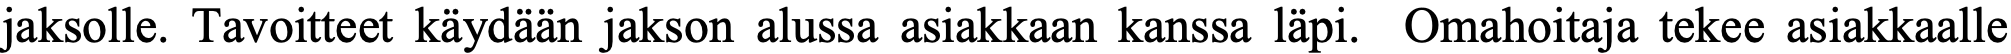
jaksolle. Tavoitteet käydään jakson alussa asiakkaan kanssa läpi. Omahoitaja tekee asiakkaalle